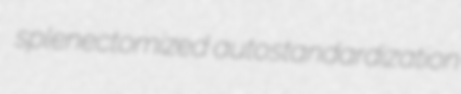
splenectomized autostandardization